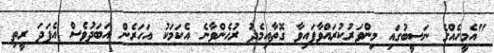
"އެމީހެއްގެ ނަސީބުގައި މިންވަރުކުރައްވާފައިވާ ގޮތާއިމެދު ރުހެންވާނެ އެކަމަކު އަހަރެން އަބަދުވެސް އެފަދަ ރީތި